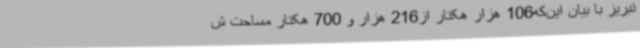
تبریز با بیان این‌که106 هزار هکتار از216 هزار و 700 هکتار مساحت ش